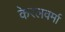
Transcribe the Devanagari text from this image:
केरलवर्मा